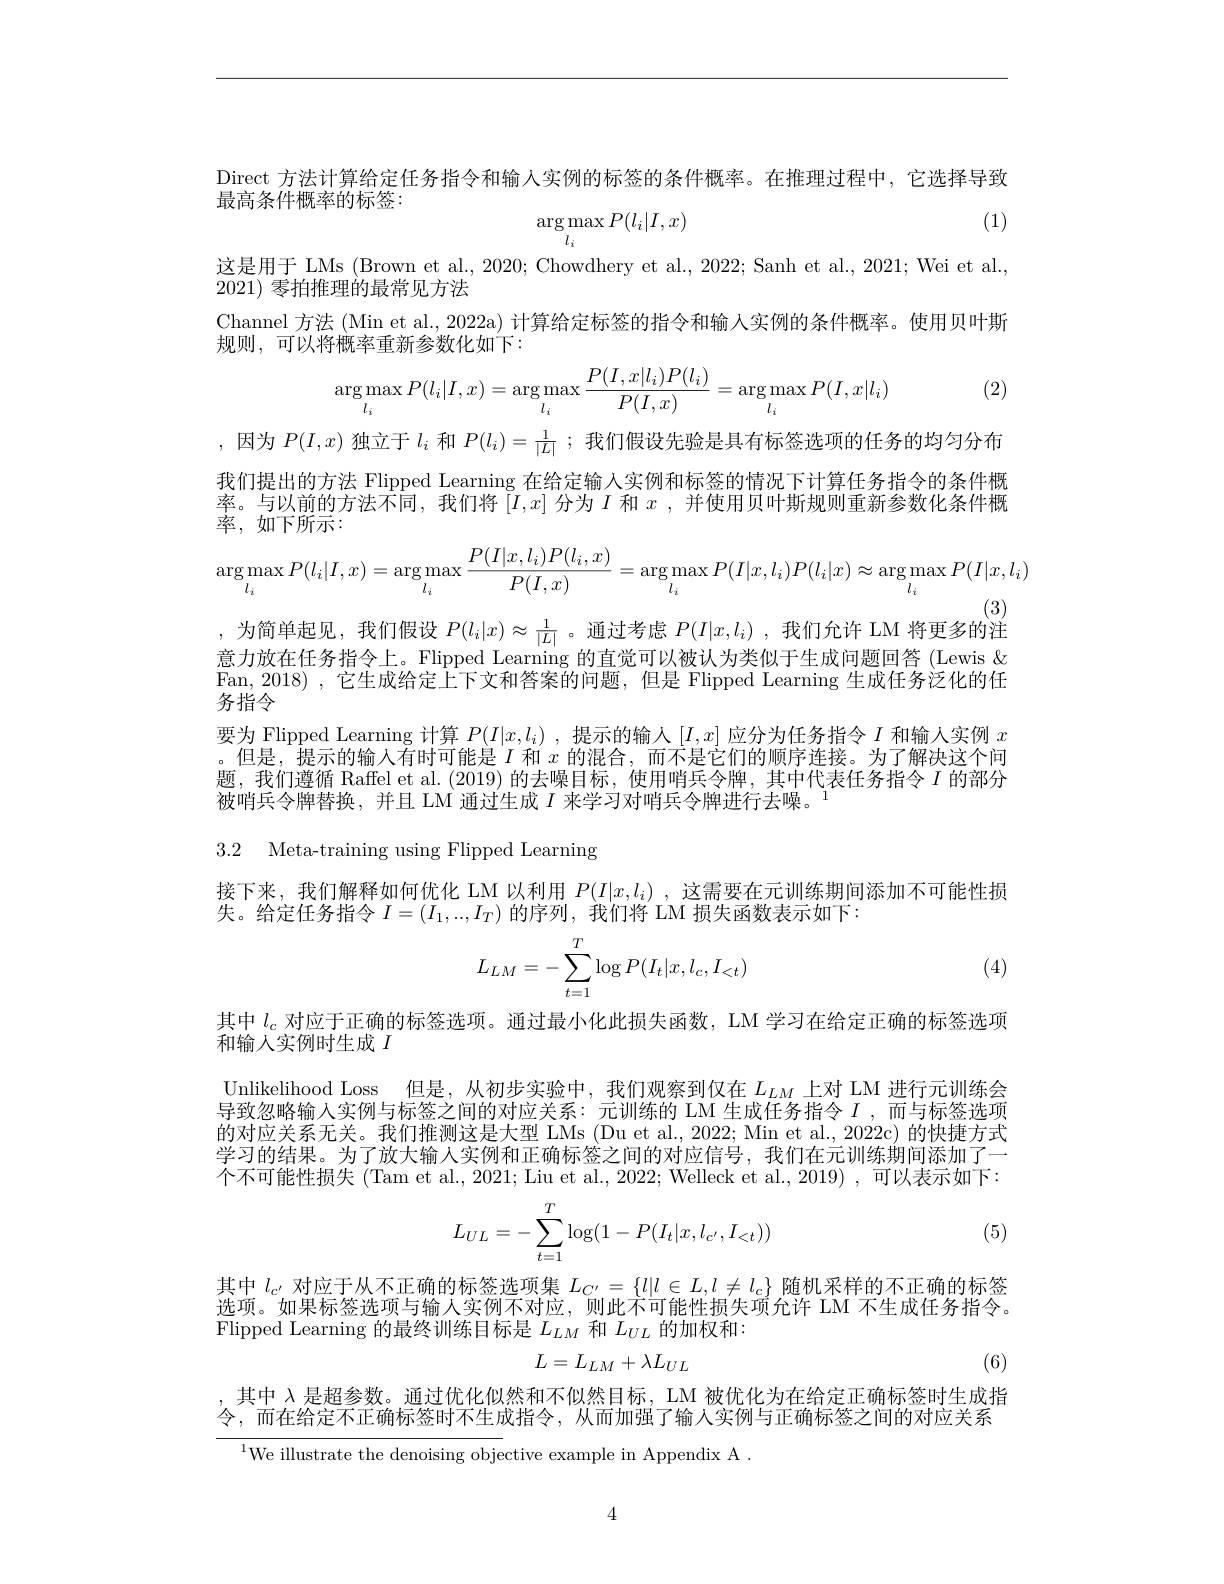
Direct 方法计算给定任务指令和输人实例的标签的条件概率。在推理过程中，它选择导致

最高条件概率的标签：

(1)
$$\underset{l_i}{\arg\max}P(l_i|I,x)$$
这是用于 LMs (Brown et al., 2020; Chowdhery et al., 2022; Sanh et al., 2021; Wei et al.,
2021)零拍推理的最常见方法
Channel 方法(Min et al., 2022a) 计算给定标签的指令和输入实例的条件概率。使用贝叶斯
规则，可以将概率重新参数化如下：
$$\arg\max_{l_i}P(l_i|I,x)=\arg\max_{l_i}\frac{P(I,x|l_i)P(l_i)}{P(I,x)}=\arg\max_{l_i}P(I,x|l_i)$$
(2)

,因为$P(I,x)$独立于$l_i$和$P(l_i)=\frac1{|L|}$ ;我们假设先验是具有标签选项的任务的均匀分布我们提出的方法 Flipped Learning 在给定输入实例和标签的情况下计算任务指令的条件概率。与以前的方法不同，我们将$[I,x]$分为$I$和$x$ ,并使用贝叶斯规则重新参数化条件概率，如下所示：
$$\arg\max_{l_i}P(l_i|I,x)=\arg\max_{l_i}\frac{P(I|x,l_i)P(l_i,x)}{P(I,x)}=\arg\max_{l_i}P(I|x,l_i)P(l_i|x)\approx\arg\max_{l_i}P(I|x,l_i)$$
(3)
,为简单起见，我们假设$P(l_i|x)\approx\frac1{|L|}$。通过考虑$P(I|x,l_i)$ ,我们允许 LM 将更多的注

意力放在任务指令上。Flipped Learning 的直觉可以被认为类似于生成问题回答 (Lewis $\&$ Fan, 2018) , 它生成给定上下文和答案的问题，但是 Flipped Learning 生成任务泛化的任务指令
要为 Flipped Learning 计算$P(I|x,l_i)$ ,提示的输入$[I,x]$应分为任务指令$I$和输入实例$x$ 。但是，提示的输入有时可能是$I$和$x$的混合，而不是它们的顺序连接。为了解决这个问题，我们遵循 Raffel et al. (2019)的去噪目标，使用哨兵令牌，其中代表任务指令$I$的部分被哨兵令牌替换，并且 LM 通过生成$I$来学习对哨兵令牌进行去噪。$^{1}$

3.2 Meta-training using Flipped Learning

接下来，我们解释如何优化 LM 以利用$P(I|x,l_i)$ ,这需要在元训练期间添加不可能性损
失。给定任务指令$I=(I_1,...,I_T)$的序列，我们将 LM 损失函数表示如下：
$$\begin{aligned}L_{LM}=-\sum_{t=1}^T\log P(I_t|x,l_c,I_{<t})\end{aligned}$$
(4)

其中$l_c$对应于正确的标签选项。通过最小化此损失函数，LM 学习在给定正确的标签选项
和输人实例时生成$I$

Unlikelihood Loss 但是，从初步实验中，我们观察到仅在$L_{LM}$上对 LM 进行元训练会导致忽略输入实例与标签之间的对应关系：元训练的 LM 生成任务指令$I$ ,而与标签选项的对应关系无关。我们推测这是大型 LMs (Du et al., 2022; Min et al., 2022c) 的快捷方式学习的结果。为了放大输人实例和正确标签之间的对应信号，我们在元训练期间添加了一个不可能性损失 (Tam et al., 2021; Liu et al., 2022; Welleck et al., 2019) , 可以表示如下：
$$\begin{aligned}L_{UL}=-\sum_{t=1}^T\log(1-P(I_t|x,l_{c'},I_{<t}))\end{aligned}$$
(5)

其中$l_{c^{\prime}}$对应于从不正确的标签选项集$L_C^{\prime}=\{l|l\in L,l\neq l_c\}$随机采样的不正确的标签选项。如果标签选项与输人实例不对应，则此不可能性损失项允许 LM 不生成任务指令。Flipped Learning 的最终训练目标是$L_{LM}$和$L_{UL}$的加权和

(6)
$$L=L_{LM}+\lambda L_{UL}$$
,其中$\lambda$是超参数。通过优化似然和不似然目标，LM 被优化为在给定正确标签时生成指令，而在给定不正确标签时不生成指令，从而加强了输入实例与正确标签之间的对应关系
$^{1}$We illustrate the denoising objective example in Appendix A .

4